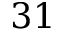
3 1